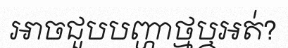
អាចជួបបញ្ហាថ្មឬអត់?